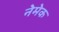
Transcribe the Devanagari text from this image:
नेमेक